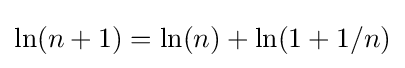
\ln(n+1)=\ln(n)+\ln(1+1/n)